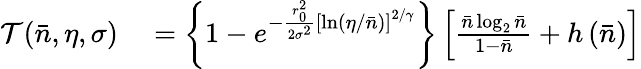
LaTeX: \begin{array}{rl}{\mathcal{T}(\bar{n},\eta,\sigma)}&{{}=\left\{ 1-e^{-\frac{r_{0}^{2}}{2\sigma^{2}}\left[\ln\left(\eta/\bar{n}\right)\right]^{2/\gamma}}\right\} \left[\frac{\bar{n}\log_{2}\bar{n}}{1-\bar{n}}+h\left(\bar{n}\right)\right]}\end{array}